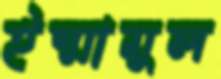
ইম্মামুল